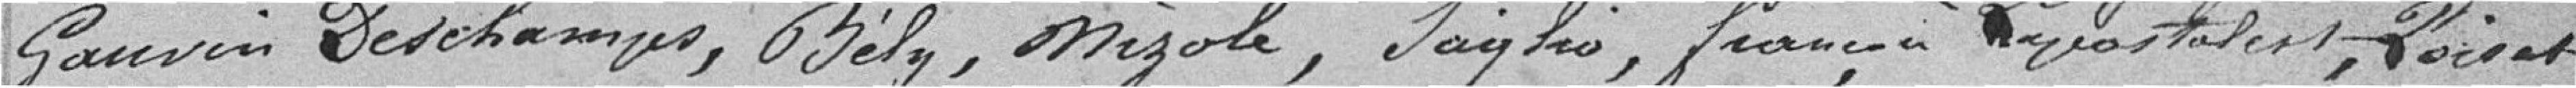
Gauvin Deschamps, Bély, Mizole, Saglio, françois Lapostolet, Poiset